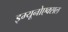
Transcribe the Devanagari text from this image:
इम्यूनोएक्सल